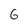
Character: 6